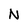
Character: N